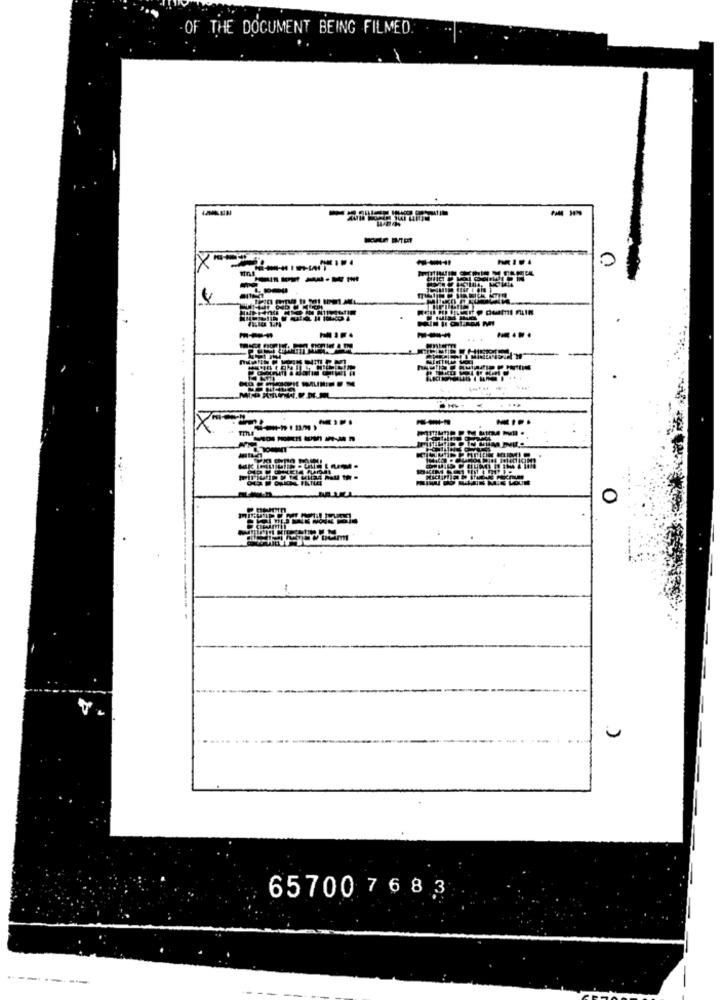
-OF THE DOCUMENT BEING FILMED.
X
----
...
. ...
-...
65700 7 6 8 3